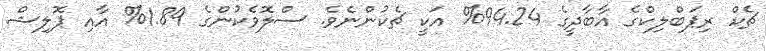
ޗެކް ރިޕަބްލިކްގެ އާބާދީގެ 94.24% އަކީ ޗެކުންނެވެ. ސްލޮވެކުންގެ 1.89% އާއި ޕޮލިޝް